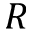
R